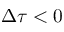
\Delta \tau < 0